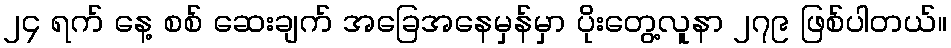
၂၄ ရက် နေ့ စစ် ဆေးချက် အခြေအနေမှန်မှာ ပိုးတွေ့လူနာ ၂၇၉ ဖြစ်ပါတယ်။